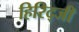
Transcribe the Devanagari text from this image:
हिरिद्जी